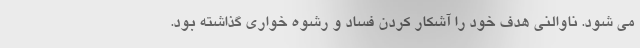
می شود. ناوالنی هدف خود را آشکار کردن فساد و رشوه خواری گذاشته بود.